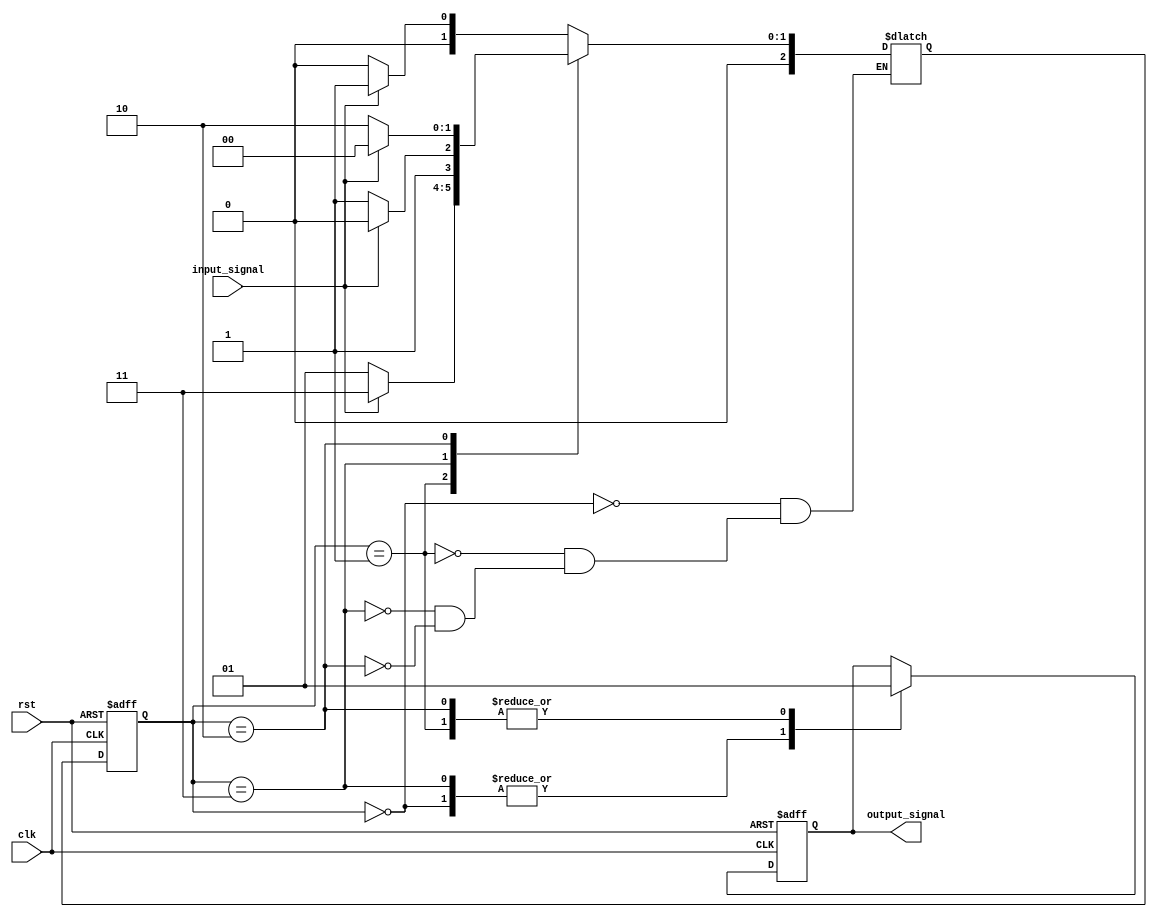
module gray_code_state_machine (
  input wire clk,
  input wire rst,
  input wire input_signal,
  output reg output_signal
);

reg [2:0] state;
reg [2:0] next_state;

parameter STATE_0 = 3'b000;
parameter STATE_1 = 3'b001;
parameter STATE_2 = 3'b011;
parameter STATE_3 = 3'b010;

always @ (posedge clk or posedge rst) begin
  if (rst) begin
    state <= STATE_0;
  end else begin
    state <= next_state;
  end
end

always @ (*) begin
  case (state)
    STATE_0: begin
      if (input_signal) begin
        next_state = STATE_1;
      end else begin
        next_state = STATE_0;
      end
    end
    STATE_1: begin
      if (input_signal) begin
        next_state = STATE_2;
      end else begin
        next_state = STATE_1;
      end
    end
    STATE_2: begin
      if (input_signal) begin
        next_state = STATE_3;
      end else begin
        next_state = STATE_2;
      end
    end
    STATE_3: begin
      if (input_signal) begin
        next_state = STATE_0;
      end else begin
        next_state = STATE_3;
      end
    end
  endcase
end

always @ (posedge clk or posedge rst) begin
  if (rst) begin
    output_signal <= 1'b0;
  end else begin
    case (state)
      STATE_0: begin
        output_signal <= 1'b0;
      end
      STATE_1: begin
        output_signal <= 1'b1;
      end
      STATE_2: begin
        output_signal <= 1'b0;
      end
      STATE_3: begin
        output_signal <= 1'b1;
      end
    endcase
  end
end

endmodule